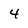
Character: 4